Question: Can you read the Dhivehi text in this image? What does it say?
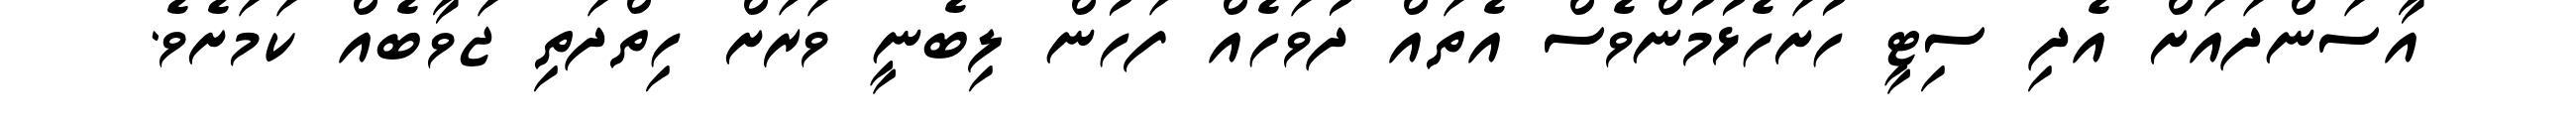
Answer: އާސަންދައަށް އެދި ސިޓީ ހުށަހެޅުމުންވެސް އެތައް ދުވަހެއް ފަހުން ލިބެނީ ވަރަށް ހިތްދަތި ޖަވާބެއް ކަމަށެވެ.